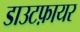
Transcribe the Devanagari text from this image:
डाउटफ़ायर